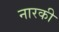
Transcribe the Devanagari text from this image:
नारकी